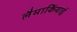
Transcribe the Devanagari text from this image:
लैमार्कियाई